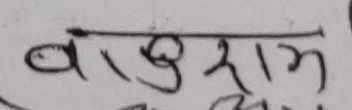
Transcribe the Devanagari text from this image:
बकुराम